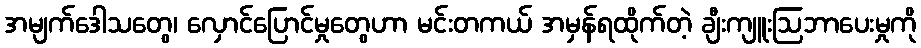
အမျက်ဒေါသတွေ၊ လှောင်ပြောင်မှုတွေဟာ မင်းတကယ် အမှန်ရထိုက်တဲ့ ချီးကျူးဩဘာပေးမှုကို